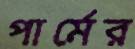
পার্মের